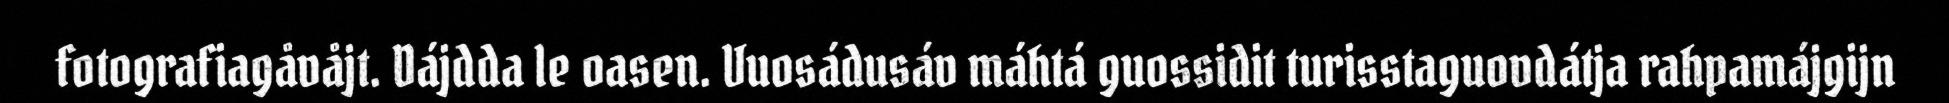
fotografiagåvåjt. Dájdda le oasen. Vuosádusáv máhtá guossidit turisstaguovdátja rahpamájgijn